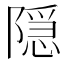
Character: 隠